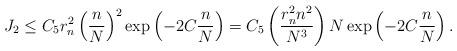
LaTeX: \begin{align*}J_2 \leq C_5 r_n^2 \left(\frac{n}{N}\right)^2 \exp\left(-2C\frac{n}{N}\right) = C_5 \left(\frac{r_n^2n^2}{N^3}\right) N\exp\left(-2C\frac{n}{N}\right).\end{align*}